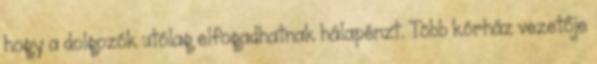
hogy a dolgozók utólag elfogadhatnak hálapénzt. Több kórház vezetője